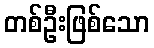
တစ်ဦးဖြစ်သော